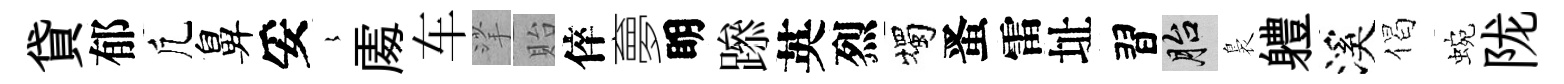
貸郁凢鼻妥𡻕𠁅车挲貽倅夣眀𨅶英烈燭󱉠雷址習胎裊軆溪偈蜿陇